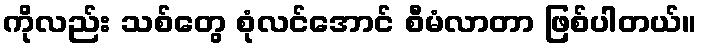
ကိုလည်း သစ်တွေ စုံလင်အောင် စီမံလာတာ ဖြစ်ပါတယ်။